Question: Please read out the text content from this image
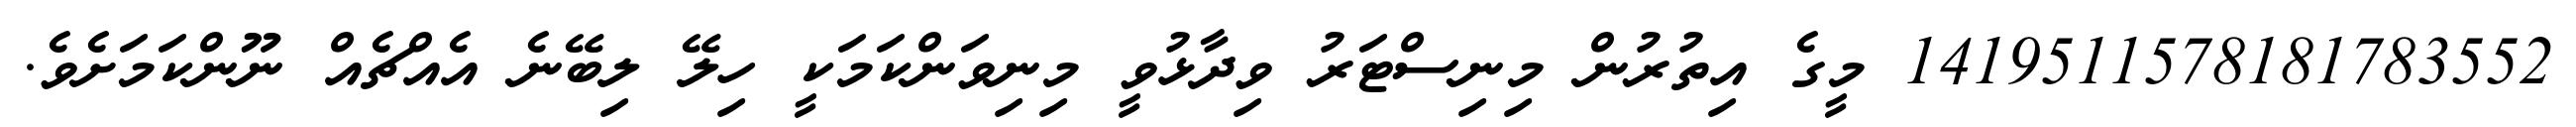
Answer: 1419511578181783552 މީގެ އިތުރުން މިނިސްޓަރު ވިދާޅުވީ މިނިވަންކަމަކީ ހިލޭ ލިބޭނެ އެއްޗެއް ނޫންކަމަށެވެ.